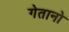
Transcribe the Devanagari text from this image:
गेतानो